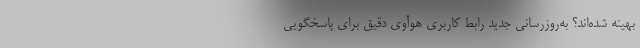
بهینه شده‌اند؟ به‌روزرسانی جدید رابط کاربری هوآوی دقیق برای پاسخگویی